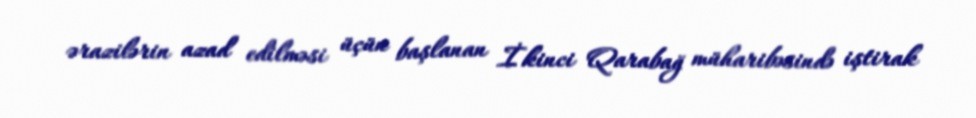
ərazilərin azad edilməsi üçün başlanan İkinci Qarabağ müharibəsində iştirak